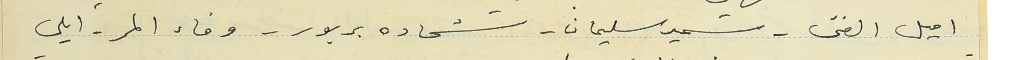
اميل الفتى - سمير سليمان - شحاده بربور - وفاء المر - ايلي